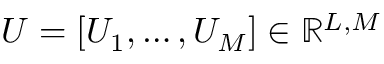
U = [ U _ { 1 } , \dots , U _ { M } ] \in \mathbb { R } ^ { L , M }